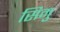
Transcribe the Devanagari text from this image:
सिमु